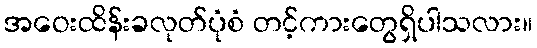
အဝေးထိန်းခလုတ်ပုံစံ တင့်ကားတွေရှိပါသလား။